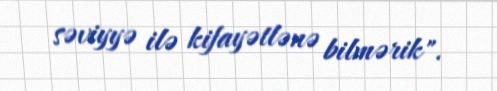
səviyyə ilə kifayətlənə bilmərik".